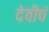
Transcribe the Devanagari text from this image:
देवीचं